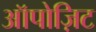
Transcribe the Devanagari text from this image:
ऑपोज़िट